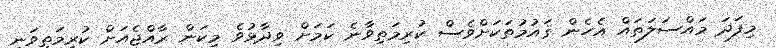
މިފަދަ މައްސަލަތައް އެހެން ޤައުމުތަކަށްވެސް ކުރިމަތިވާނެ ކަމަށް ވިދާޅުވެ މިކަން ރާއްޖެއަށް ކުރިމަތިވަނީ